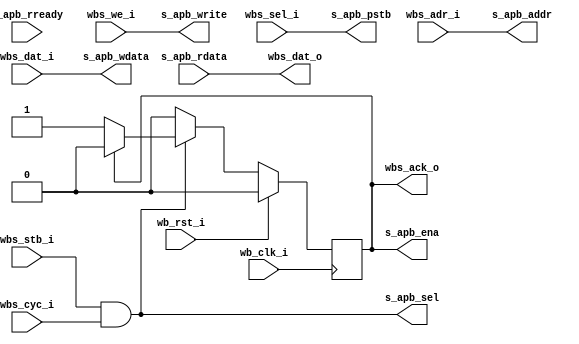
module wishbone2apb(
    input            wb_clk_i,
    input            wb_rst_i,
    input            wbs_stb_i,
    input            wbs_cyc_i,
    input            wbs_we_i,
    input [3:0]      wbs_sel_i,
    input [31:0]     wbs_dat_i,
    input [31:0]     wbs_adr_i,
    
    output           wbs_ack_o,
    output [31:0]    wbs_dat_o,
    
    output   [31:0]  s_apb_addr  ,
    output           s_apb_sel   ,
    output           s_apb_write ,
    output           s_apb_ena   ,
    output   [31:0]  s_apb_wdata ,
    output   [3:0]   s_apb_pstb  ,
    
    input    [31:0]  s_apb_rdata ,
    input            s_apb_rready
    
    );
    
    assign s_apb_addr  = wbs_adr_i;
    assign s_apb_write = wbs_we_i;
    assign s_apb_pstb  = wbs_sel_i;
    assign s_apb_wdata = wbs_dat_i;
    assign wbs_dat_o   = s_apb_rdata;
    
    wire   valid;
    assign valid = wbs_stb_i && wbs_cyc_i;
    assign s_apb_sel = valid;
    
    reg penable;
    assign wbs_ack_o = penable;
    assign s_apb_ena = penable;
    
    always @(posedge wb_clk_i ) begin
        if(wb_rst_i) begin
            penable <= 1'b0;
        end else begin
            penable <= valid ? !penable ? 1'b1 : 1'b0 : 1'b0;
        end
    
    
    
    end
    
    
    
    
    
    
    
endmodule